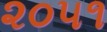
૨૦૫૧